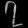
Digit: ၇